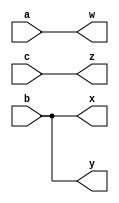
// This program was cloned from: https://github.com/matthewdelorenzo/CreativEval
// License: BSD 3-Clause "New" or "Revised" License

module top_module( 
    input a,b,c,
    output w,x,y,z );
    assign w = a;
    assign x = b;
    assign y = b;
    assign z = c;
endmodule